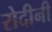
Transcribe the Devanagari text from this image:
रोदीनी